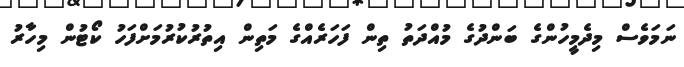
ނަމަވެސް މިދެމީހުންގެ ބަންދުގެ މުއްދަތު ތިން ފަހަރެއްގެ މަތިން އިތުރުކުރުމަށްފަހު ކޯޓުން މިހާރު